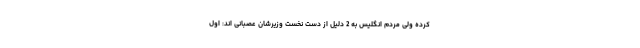
کرده ولی مردم انگلیس به 2 دلیل از دست نخست وزیرشان عصبانی اند: اول